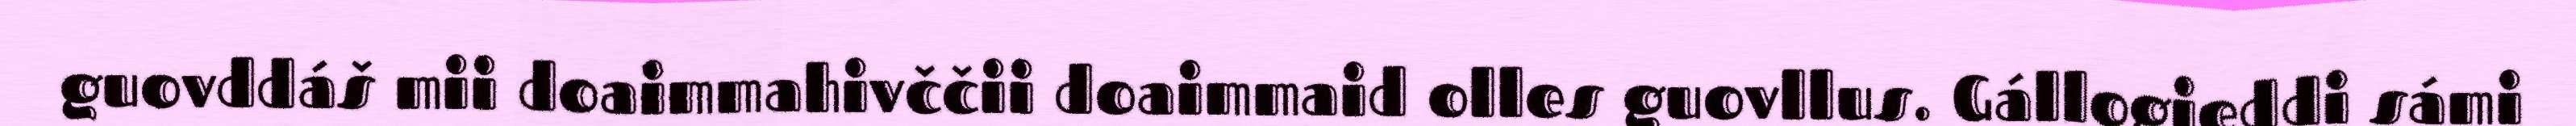
guovddáš mii doaimmahivččii doaimmaid olles guovllus. Gállogieddi sámi